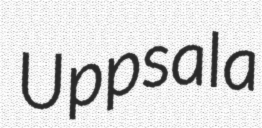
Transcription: Uppsala